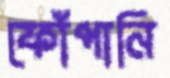
ফোঁপানি